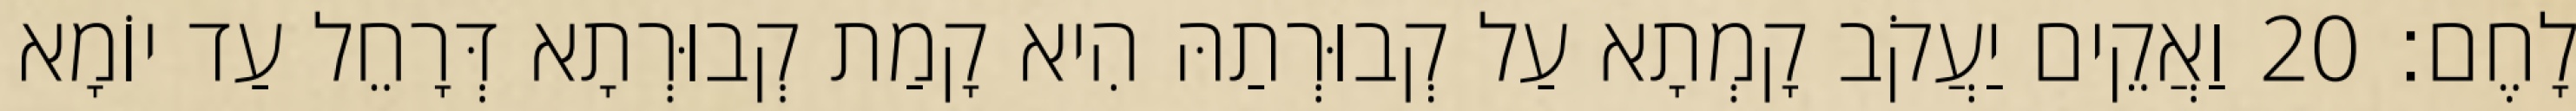
לָחֶם׃ 20 וַאֲקֵים יַעֲקֹב קָמְתָא עַל קְבוּרְתַהּ הִיא קָמַת קְבוּרְתָא דְּרָחֵל עַד יוֹמָא